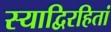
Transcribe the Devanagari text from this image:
स्याद्विरहितां